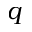
q